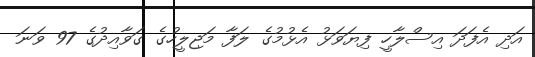
އަދި އެފަދަ އިސްލާހީ ފިޔަވަޅު އެޅުމުގެ ލަފާ މަޖިލީހުގެ ގަވާއިދުގެ 97 ވަނަ